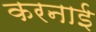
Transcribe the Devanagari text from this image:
करनाई